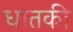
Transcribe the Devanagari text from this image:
धातकी